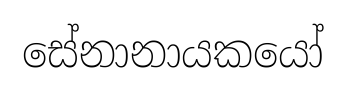
සේනානායකයෝ